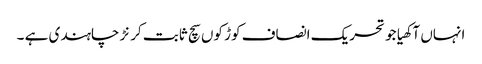
انہاں آکھیا جو تحریک انصاف کوڑ کوں سچ ثابت کرنڑ چاہندی ہے ۔